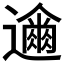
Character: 𮟞